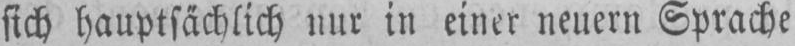
sich hauptsächlich nur in einer neuern Sprache